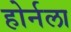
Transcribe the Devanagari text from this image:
होर्नला